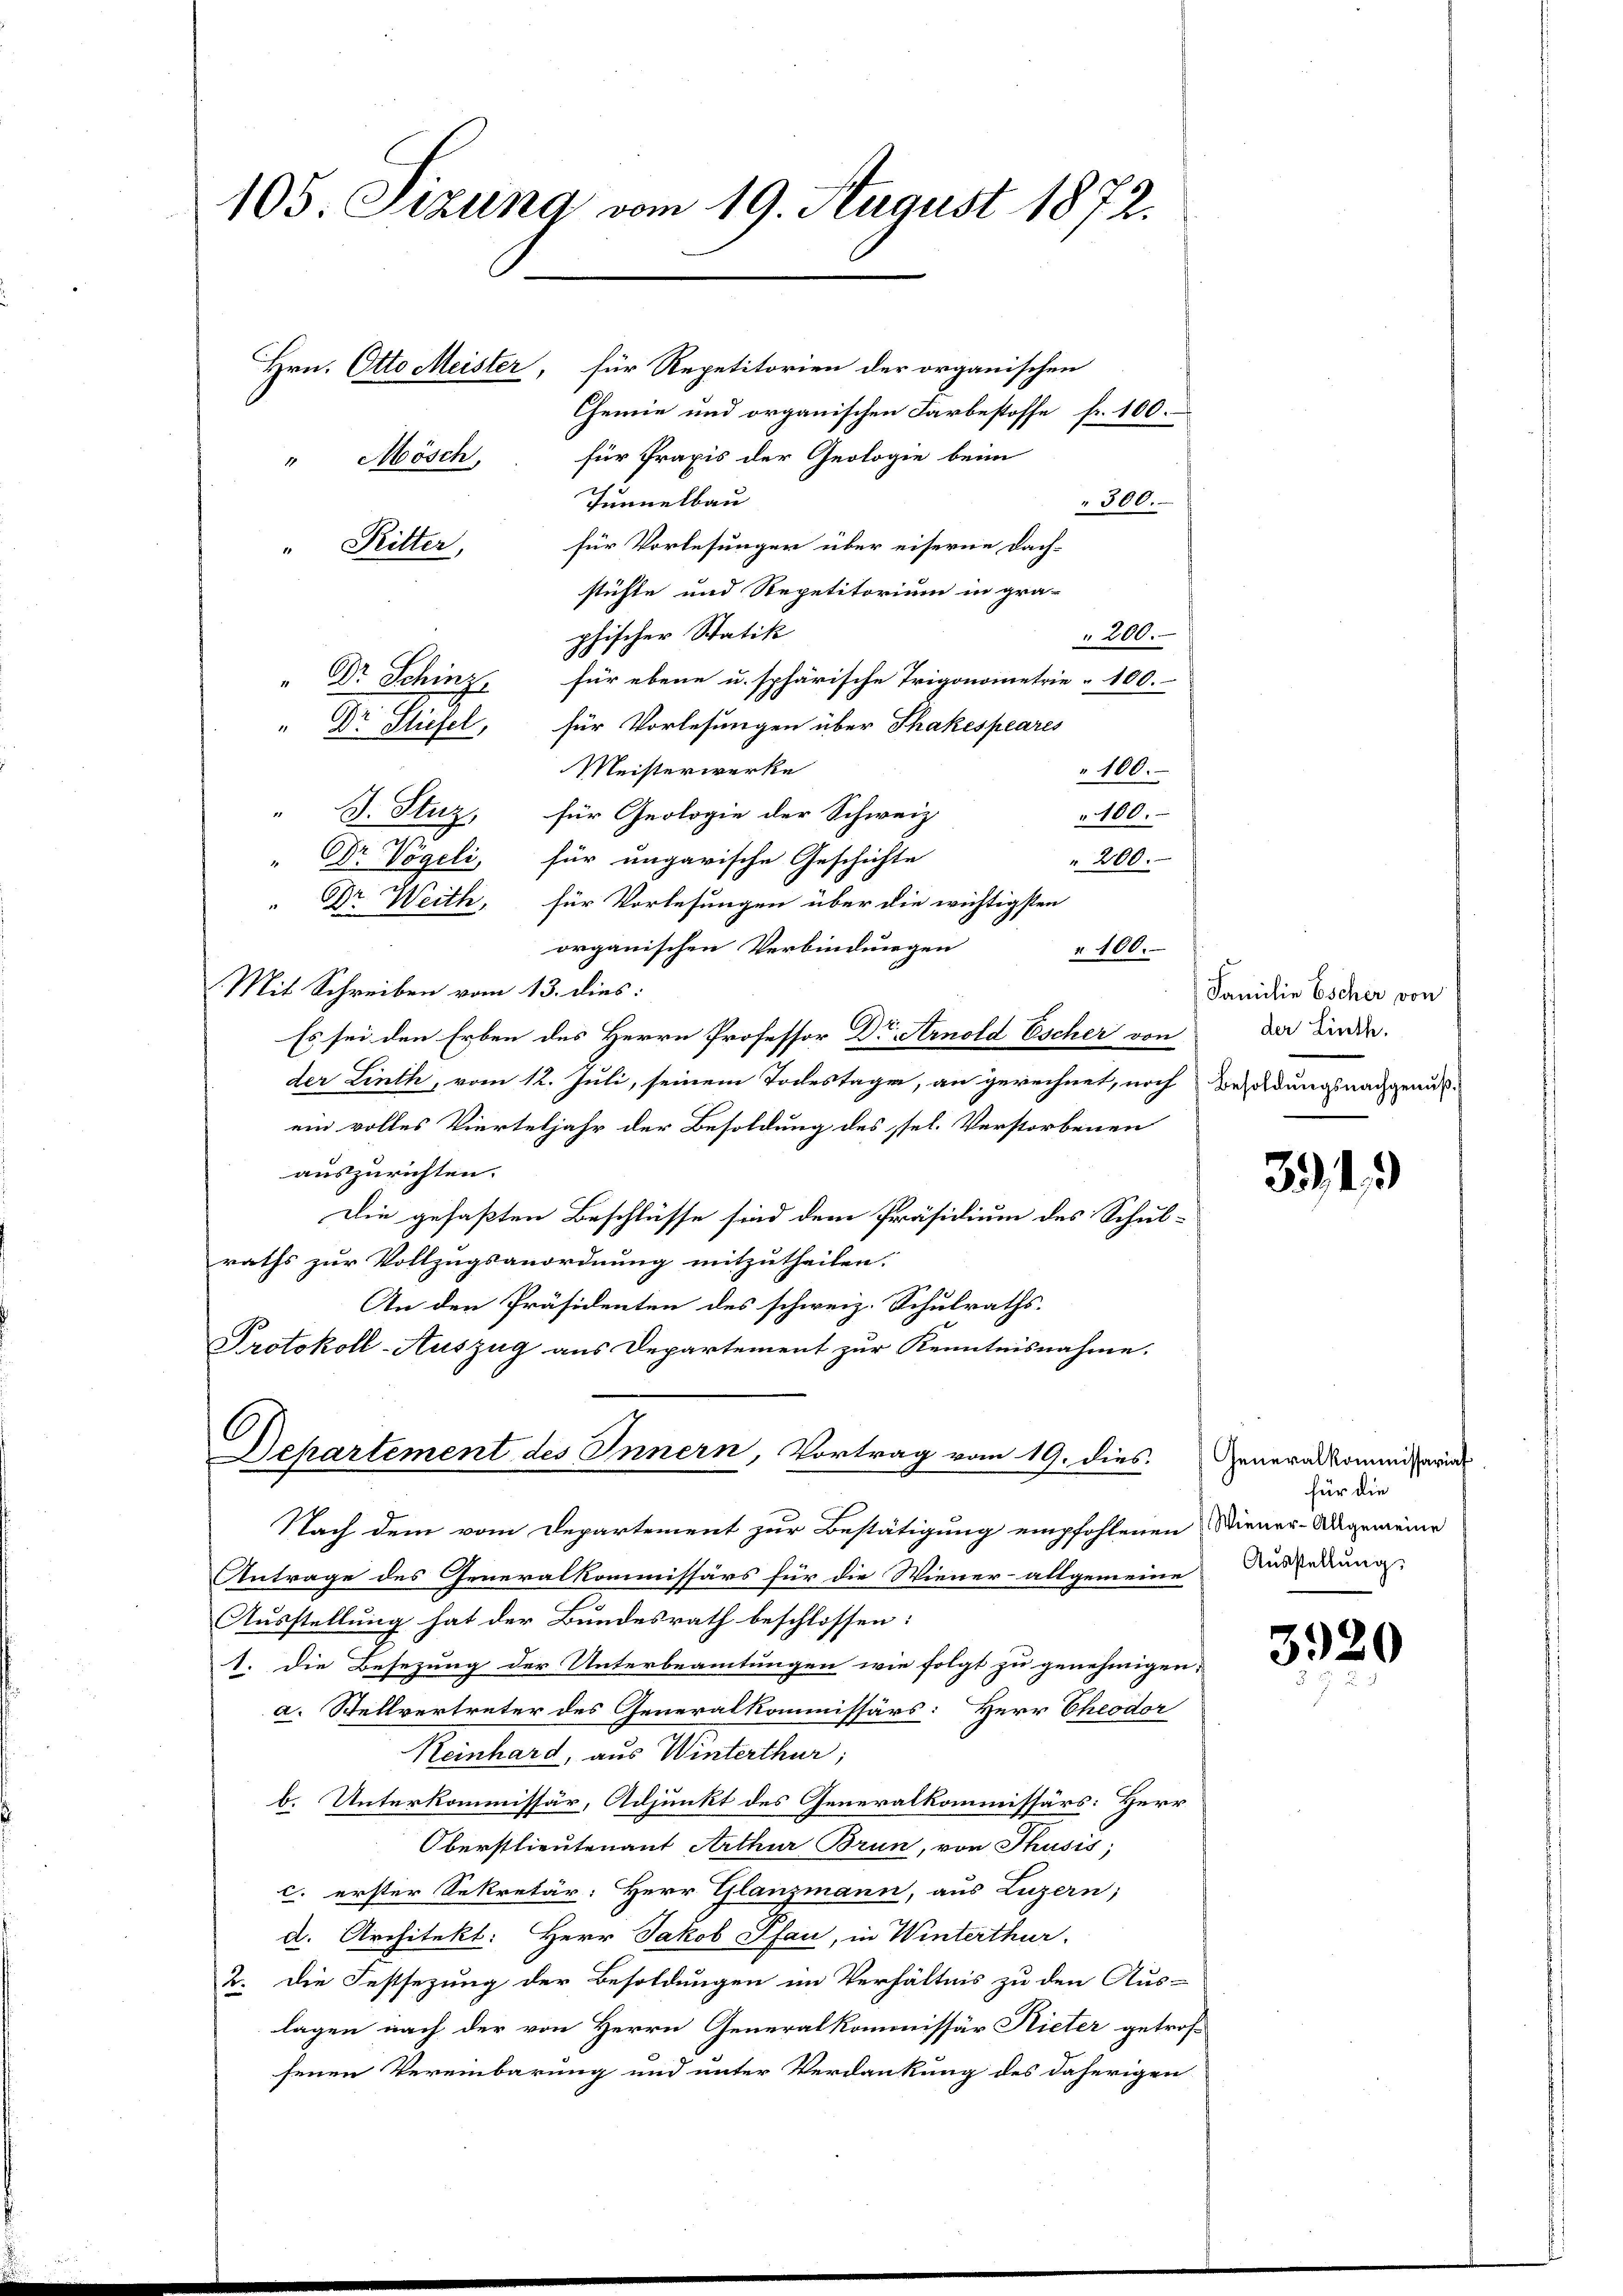
" J. Stuz, für Geologie der Schweiz.
100.
" DDr Vögeli, für ungarische Geschichte
" 200.
" Dr. Weith, für Vorlesungen über die wichtigsten
organischen Verbindungen
" 100.
Mit Schreiben vom 13. dies:
Es sei den Erben des Herrn Professor Dr. Arnold Escher von
der Linth, vom 12. Juli, seinem Todestage, an gerechnet, noch Waldungsnachgenus
ein volles Vierteljahr der Besoldung des sel. Verstorbenen
auszurichten.
Die gefaßten Beschlüsse sind dem Präsidium des Schul-
raths zur Vollzugsanordnung mitzutheilen.
An den Präsidenten des schweiz. Schulraths¬
Protokoll-Auszug aus Departement zur Kenntnisnahme.
Departement des Innern, Vortrag vom 19. dies
Nach dem vom Departement zur Bestätigung empfohlenen Wiener-Angemeine
Antrage des Generalkommissärs für die Wiener- allgemeine
Ausstellung hat der Bundesrath beschlossen:
1. Die Besezung der Unterbeamtungen wie folgt zu genehmigen;
a. Stellvertreter des Generalkommissärs: Herr Cheodor
Reinhard, aus Winterthur;
b. Unterkommissär, Adjunkt des Generalkommissärs: Herr
Oberstlieutenant Arthur Brun, vor Thusis;
c. erster Sekretär: Herr Glanzmann, aus Luzern;
d. Architekt: Herr Jakob Pfan, in Winterthur.
2. Die Festsezung der Besoldungen im Verhältnis zu den Aus-
lagen nach der von Herrn Generalkommissär Rieter getrof
senen Vereinbarung und unter Verdankung des daherigen

105 Sizung vom 19. August 1872.
Hrn. Otto Meister, für Repetitorien der organischen
Chemie und organischen Farbestoffe fr. 100.
"Mösch, für Praxis der Geologie beim
Tunnelbau
" 300.
für Vorlesungen über eiserne Dach-
" Ritter,
stühle und Repetitorium in gra-
phischer Statik
200.
" Dr. Schinz, für ebene u. sphärische Trigonometrie " 100.
" Dr Stiefel, für Vorlesungen über Shakespeares
Meisterwerke
" 100.

Familie Escher von
der Linth.

394

Generalkommissariat
für die
Ausstellung.

3920